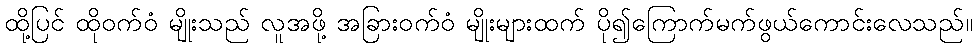
ထို့ပြင် ထိုဝက်ဝံ မျိုးသည် လူအဖို့ အခြားဝက်ဝံ မျိုးများထက် ပို၍ကြောက်မက်ဖွယ်ကောင်းလေသည်။